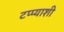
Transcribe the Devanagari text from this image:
टप्प्याशी